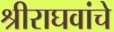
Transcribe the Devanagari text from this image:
श्रीराघवांचे